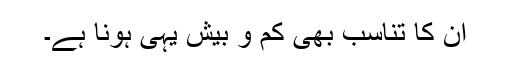
ان کا تناسب بھی کم و بیش یہی ہونا ہے۔